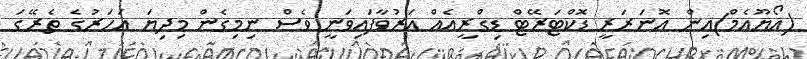
(އޯޔޫއެމް)އިން އޮނަރަރީ ޑޮކްޓަރޭޓް ޑިގްރީއެއް އަރުވާފައިވަނީ ވެސް ނިމިގެން މިދިޔަ އަހަރުގެ ތެރޭގަ